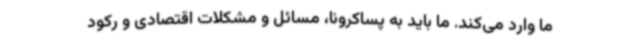
ما وارد می‌کند. ما باید به پساکرونا، مسائل و مشکلات اقتصادی و رکود